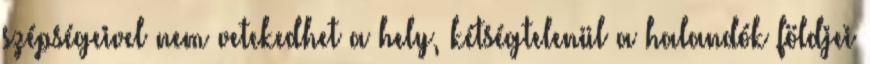
szépségeivel nem vetekedhet a hely, kétségtelenül a halandók földjei